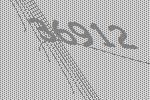
36912